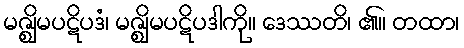
မဇ္ဈိမပဋိပဒံ၊ မဇ္ဈိမပဋိပဒါကို။ ဒေဿတိ၊ ၏။ တထာ၊